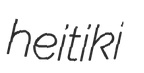
heitiki